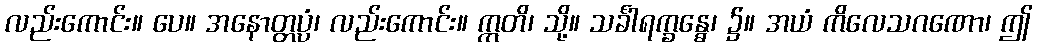
လည်းကောင်း။ ပေ။ အနောတ္တပ္ပံ၊ လည်းကောင်း။ ဣတိ၊ သို့။ သင်္ခါရက္ခန္ဓေ၊ ၌။ အယံ ကိလေသဂဏော၊ ဤ